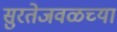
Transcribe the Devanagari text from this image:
सुरतेजवळच्या